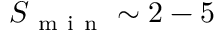
S _ { \mathrm { ~ m ~ i ~ n ~ } } \sim 2 - 5